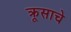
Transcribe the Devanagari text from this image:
क्रूसाचे